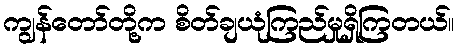
ကျွန်တော်တို့က စိတ်ချယုံကြည်မှုရှိကြတယ်။